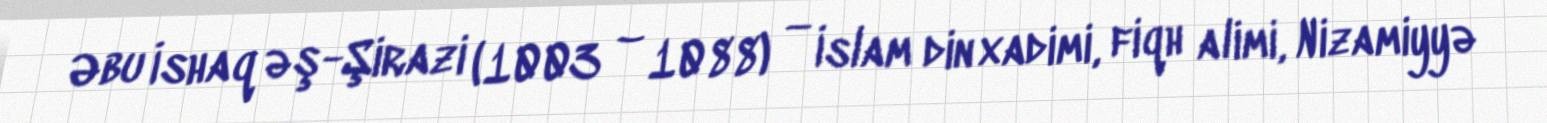
Əbu İshaq əş-Şirazi (1003 – 1088) — İslam din xadimi, fiqh alimi, Nizamiyyə